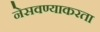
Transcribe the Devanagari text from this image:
नेसवण्याकरता